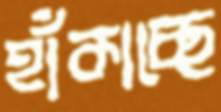
হাঁকাচ্ছে